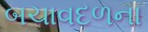
બચાવદળના